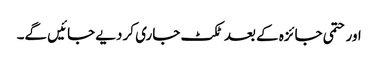
اور حتمی جائزہ کے بعد ٹکٹ جاری کر دیے جائیں گے۔